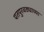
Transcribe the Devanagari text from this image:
पतपुरवठ्याच्या